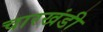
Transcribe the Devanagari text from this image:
चारखंडी